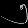
Digit: ၅